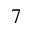
^ Ḋ 7 Ḍ